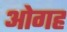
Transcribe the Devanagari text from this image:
ओगह